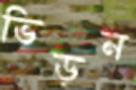
ভিড়ন